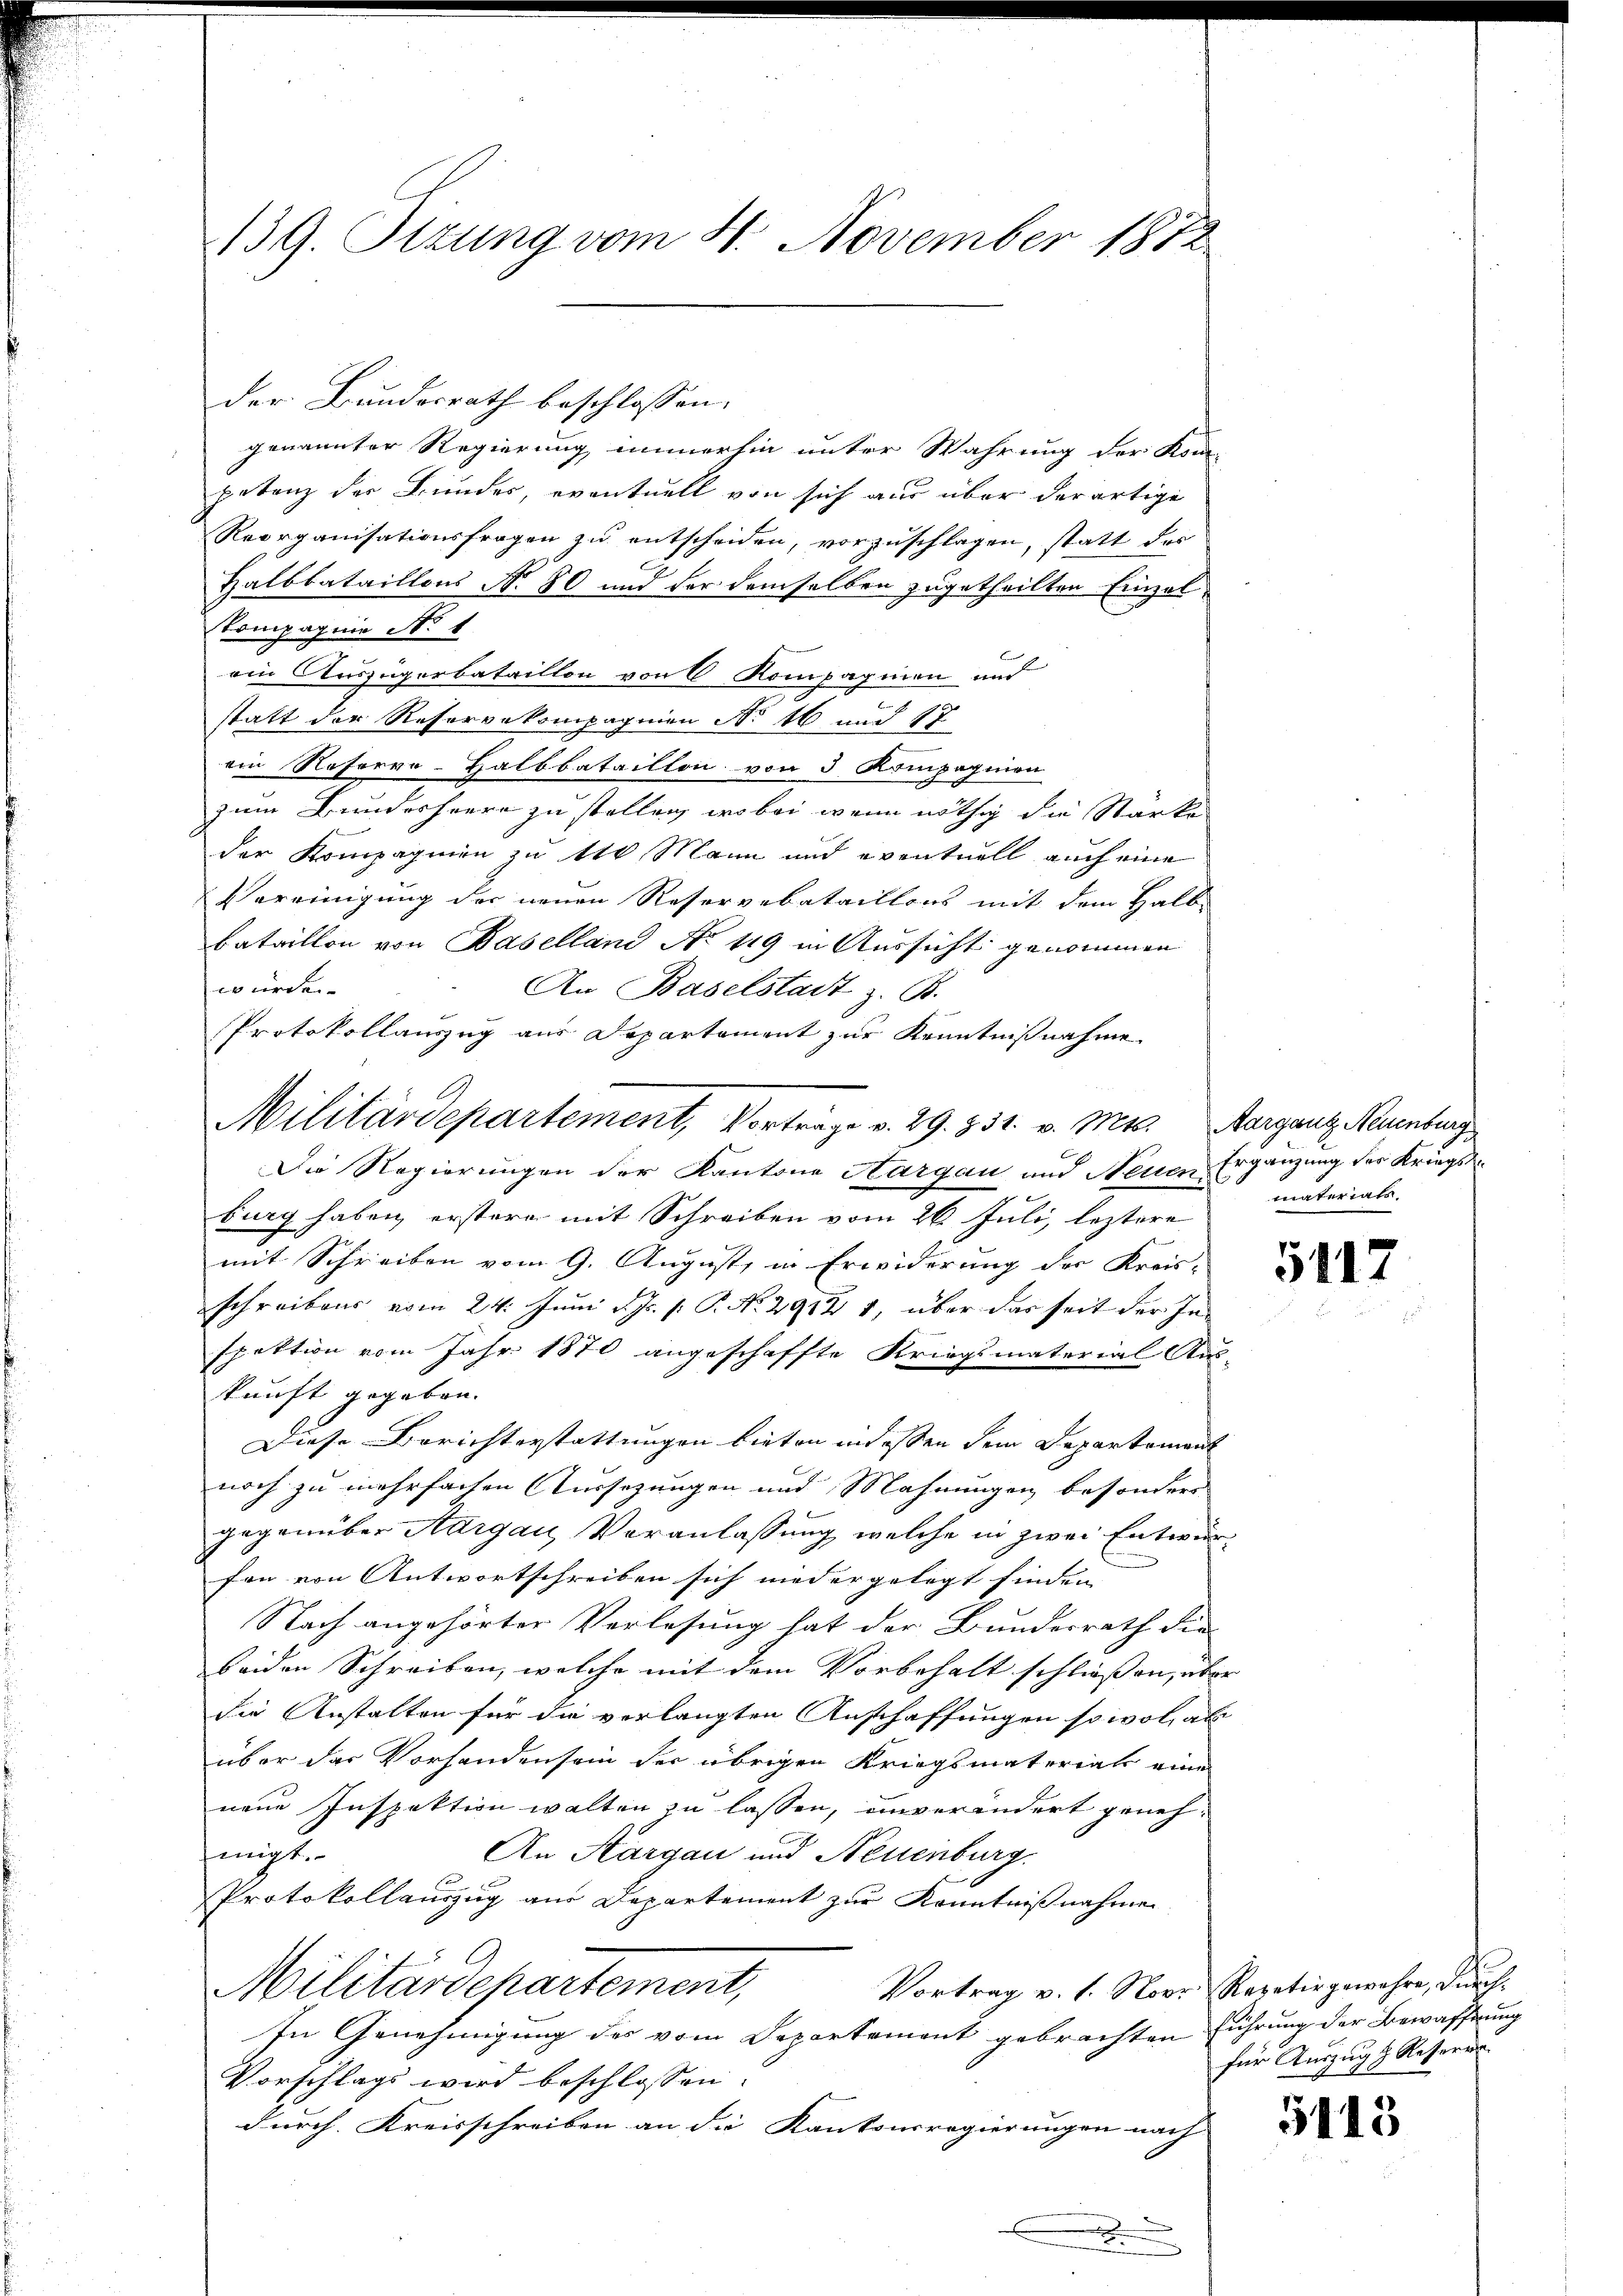
139. Sizung vom 4. November 1872

genannter Regierung immerhin unter Wahrung der Kom-
petanz der Bundes, eventuell von sich aus über derartige
Reorganisationsfragen zu entscheiden, vorzuschlagen, statt der
Halbbataillons No 80 und der demselben zugetheilten Einzelkompagnie No 1
ein Auszügerbataillon von 6 Kompagnien und
statt der Resorgekompagnien No 16 und 17
ein Noferro-Halbbataillon von 3 Kompagnion
zum Bundesheere zu stellen, wobei, wenn nöthig die Starke
der Kompagnien zu 10 Mann und eventuell auch eine
Vereinigung der neuen Reservebataillons mit dem Halb
bataillon von Baselland No 119 in Aussicht genommen
würden.
An Baselstadt z. B.
Protokollauszug aus Departement zur Kenntnißnahme
Militärdepartement, Vorträge v. 29. 731. v. Mts. Aarganz Neuenburg
Die Regierungen der Kantone Hargau und Neuen Ergänzung des Kriegsburg haben, erstere mit Schreiben vom 26. Juli, leztere
mit Schreiben vom 9. August, in Erwiderung der Kreis-
schreibens vom 24. Juni v. Js. p. P. Nr. 2912 1, über das seit der Inspektion vom Jahr 1870 angeschaffte Kriegsmaterial Aus-
kunft gegeben.
Diese Berichterstattungen bieten in dessen dem Departement
noch zu mehrfachen Aussezungen und Mahnungen besondere
gegenüber Aargau, Veranlassung, welche in zwei Entwurfon von Antwortschreiben sich niedergelegt finden
Nach angehörter Verlesung hat der Bundesrath die
beiden Schreiben, welche mit dem Vorbehalt schließen, über
die Anstalten für die verlangten Anschaffungen so wol al
über das Vorhanden sein der übrigen Kriegsmaterials eine
neue Inspektion walten zu lassen, unverändert genehmigt.
An Aargau und Neuenburg.
Protokollauszug aus Departement zur Kenntnißnahmen
Militärdepartement,
Vortrag v. 1. Nov. Repetir gewahre, durch
In Genehmigung des vom Departement gebrachten Führung der Bewaffnung
Vorschlags wird beschlossen:
durch Kreisschreiben an die Kantonsregierungen nach |
.

der Bundesrath beschlossen:

materiats,

5117

für Auszug z. Reserer

5413